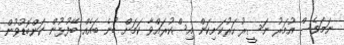
ނަމަވެސް އުމަރު ނަސީރު ހަރުކަށިކަން އިސްކުރައްވާ ކަމަށް ބުނެ ބައެއް ބޭފުޅުން ކަންބޮޑުވުން